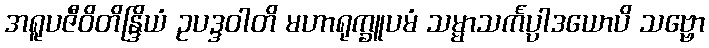
အရူပဇီဝိတိန္ဒြိယံ ဥပဒ္ဒဝါတိ မဟာရုက္ခူပမံ သမ္မာသင်္ကပ္ပါဒယောပိ သဗ္ဗော